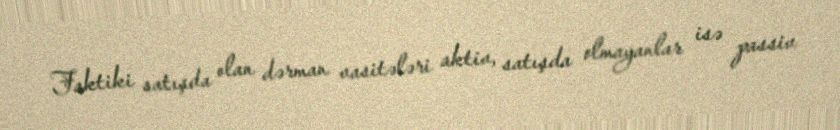
Faktiki satışda olan dərman vasitələri aktiv, satışda olmayanlar isə passiv